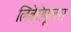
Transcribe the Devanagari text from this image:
लिबेरोपूलस